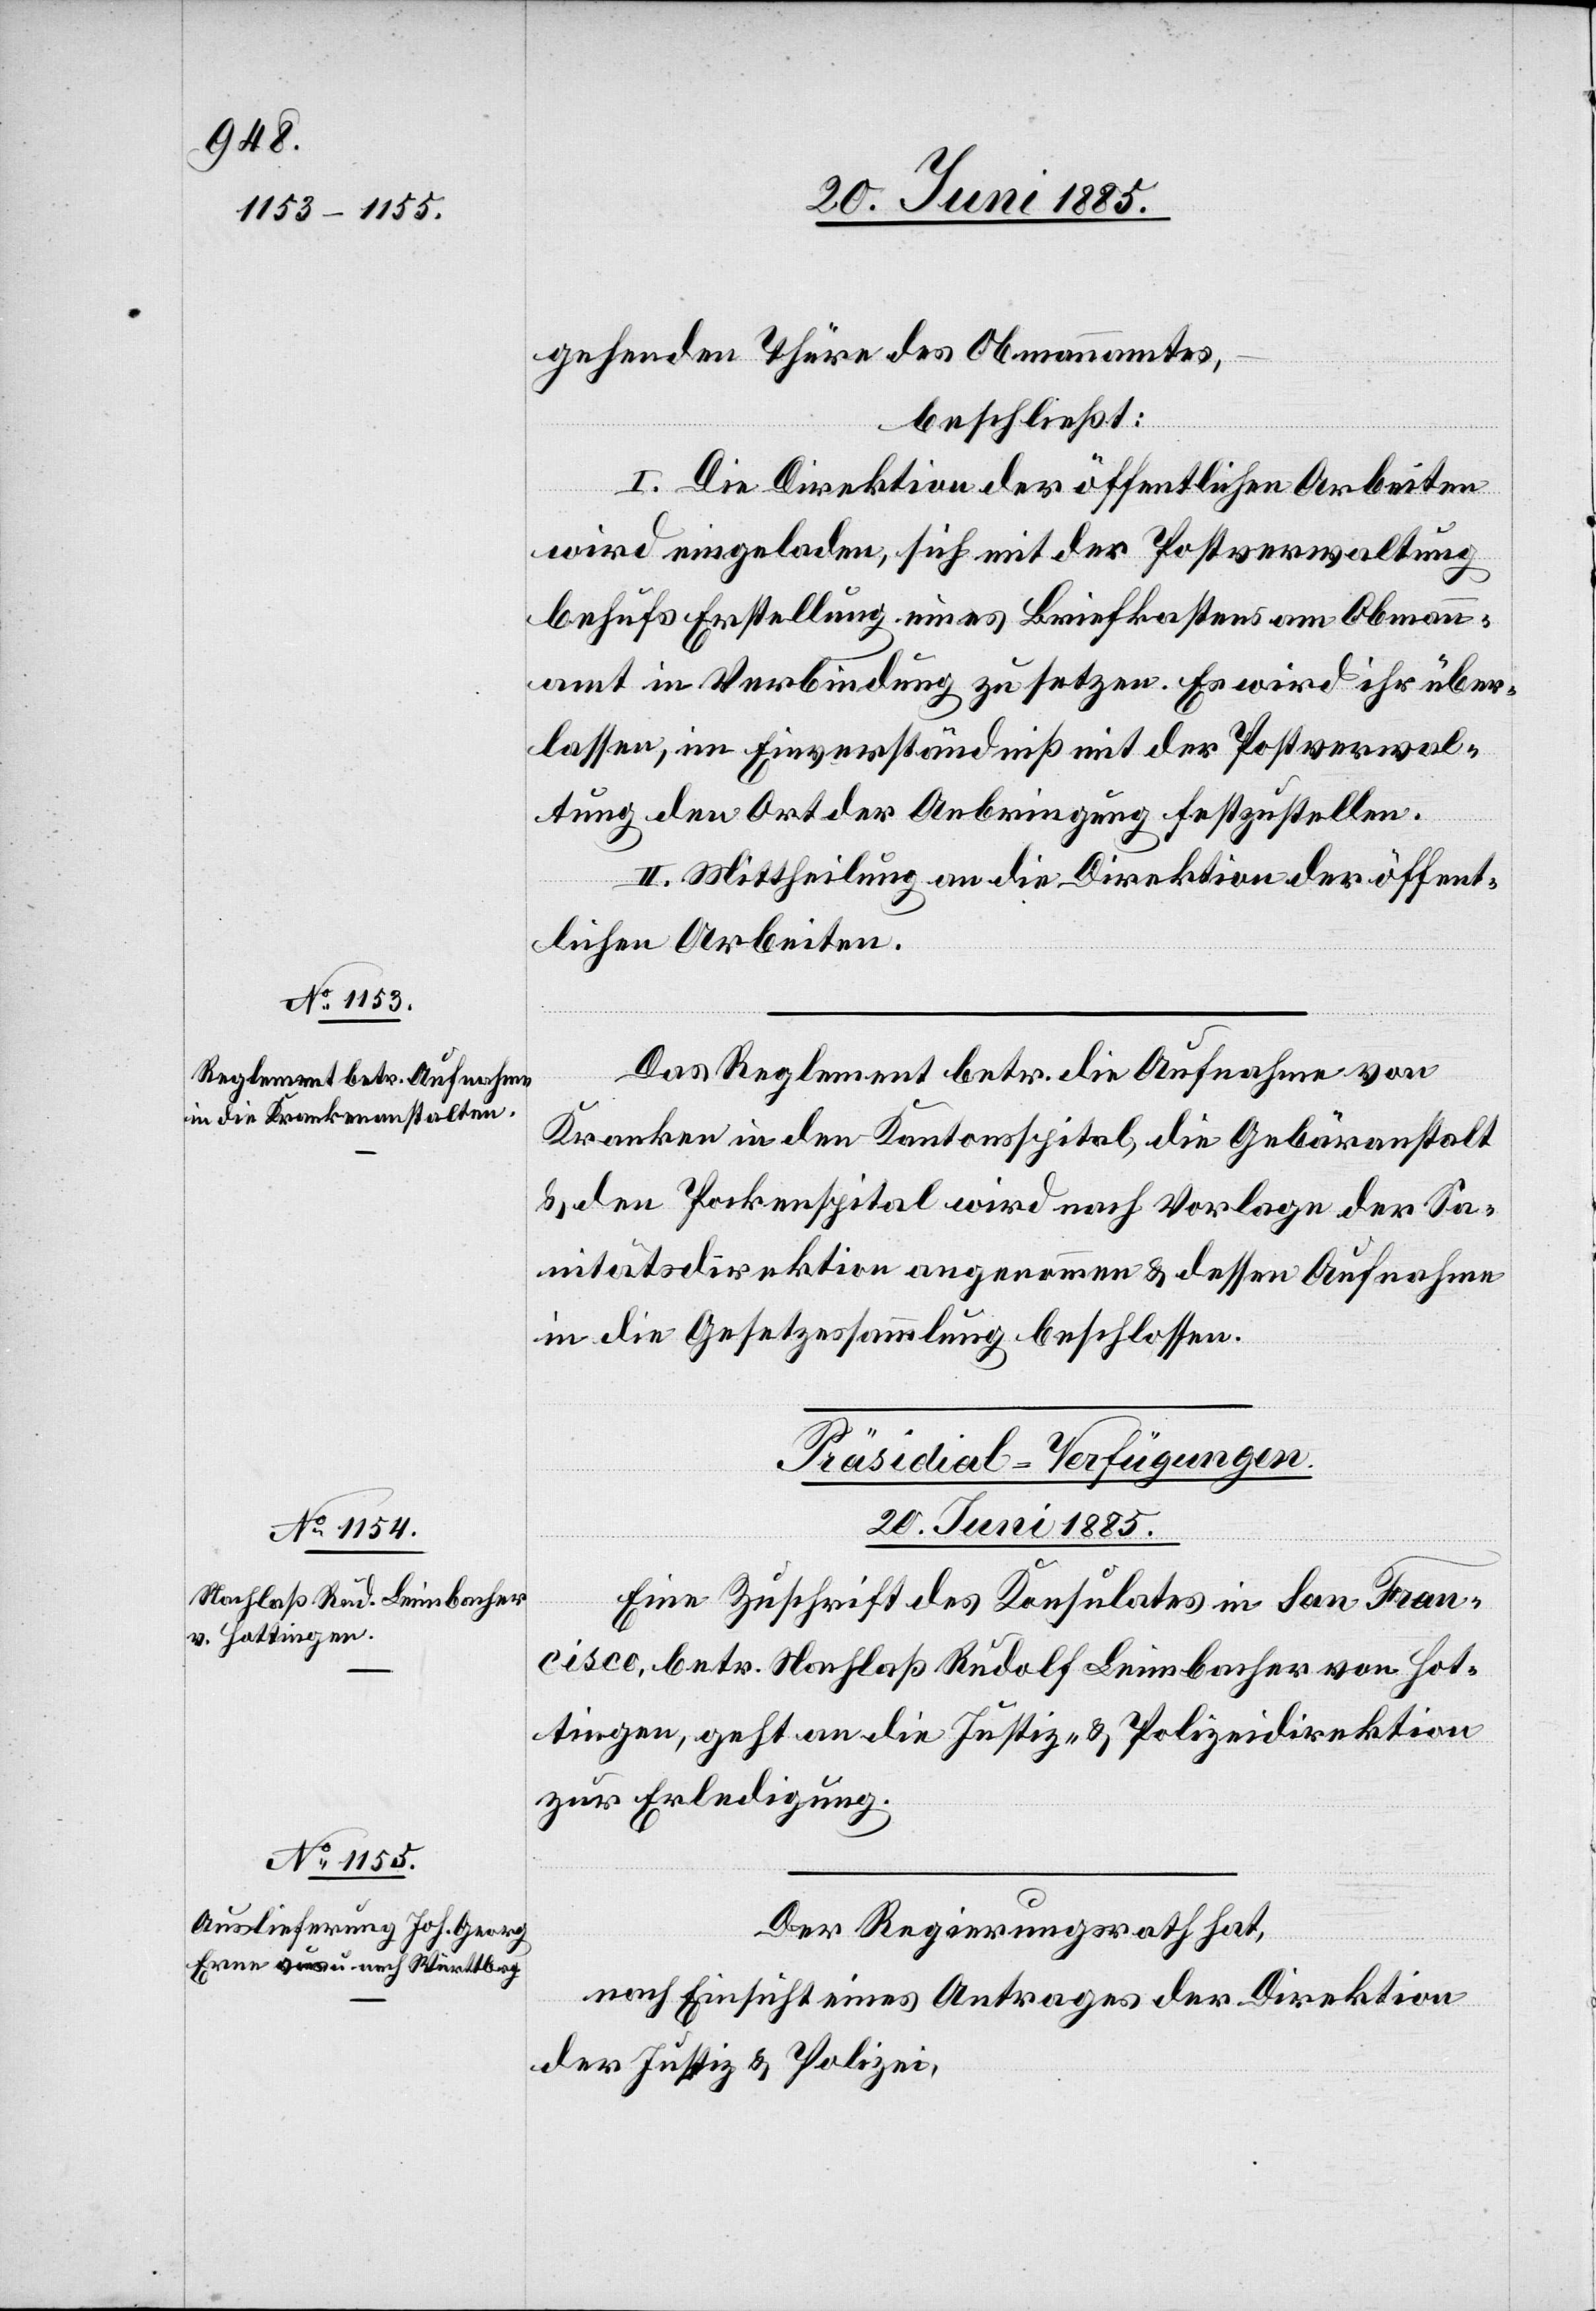
gehenden Thüre des Obmannamtes,
beschließt:
I. Die Direktion der öffentlichen Arbeiten
wird eingeladen, sich mit der Postverwaltung
behufs Erstellung eines Briefkastens am Obmann¬
amt in Verbindung zu setzen. Es wird ihr über¬
lassen, im Einverständniß mit der Postverwal¬
tung den Ort der Anbringung festzustellen.
II. Mittheilung an die Direktion der öffent¬
lichen Arbeiten.
Das Reglement betr. die Aufnahme von
Kranken in den Kantonsspital, die Gebäranstalt
& den Pockenspital wird nach Vorlage der Sa¬
nitätsdirektion angenommen & dessen Aufnahme
in die Gesetzessammlung beschlossen.
[Präsidial-Verfügungen.
20. Juni 1885.]
Eine Zuschrift des Konsulates in San Fran¬
cisco, betr. Nachlaß Rudolf Leimbacher von Hot¬
tingen, geht an die Justiz- & Polizeidirektion
zur Erledigung.
Der Regierungsrath hat,
nach Einsicht eines Antrages der Direktion
der Justiz & Polizei,